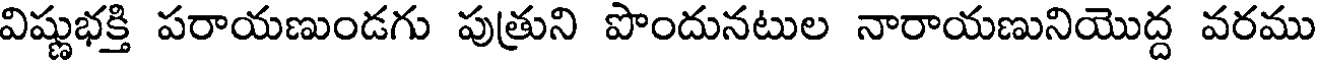
విష్ణుభక్తి పరాయణుండగు పుత్రుని పొందునటుల నారాయణునియొద్ద వరము